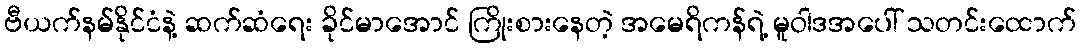
ဗီယက်နမ်နိုင်ငံနဲ့ ဆက်ဆံရေး ခိုင်မာအောင် ကြိုးစားနေတဲ့ အမေရိကန်ရဲ့ မူဝါဒအပေါ် သတင်းထောက်